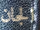
الجان